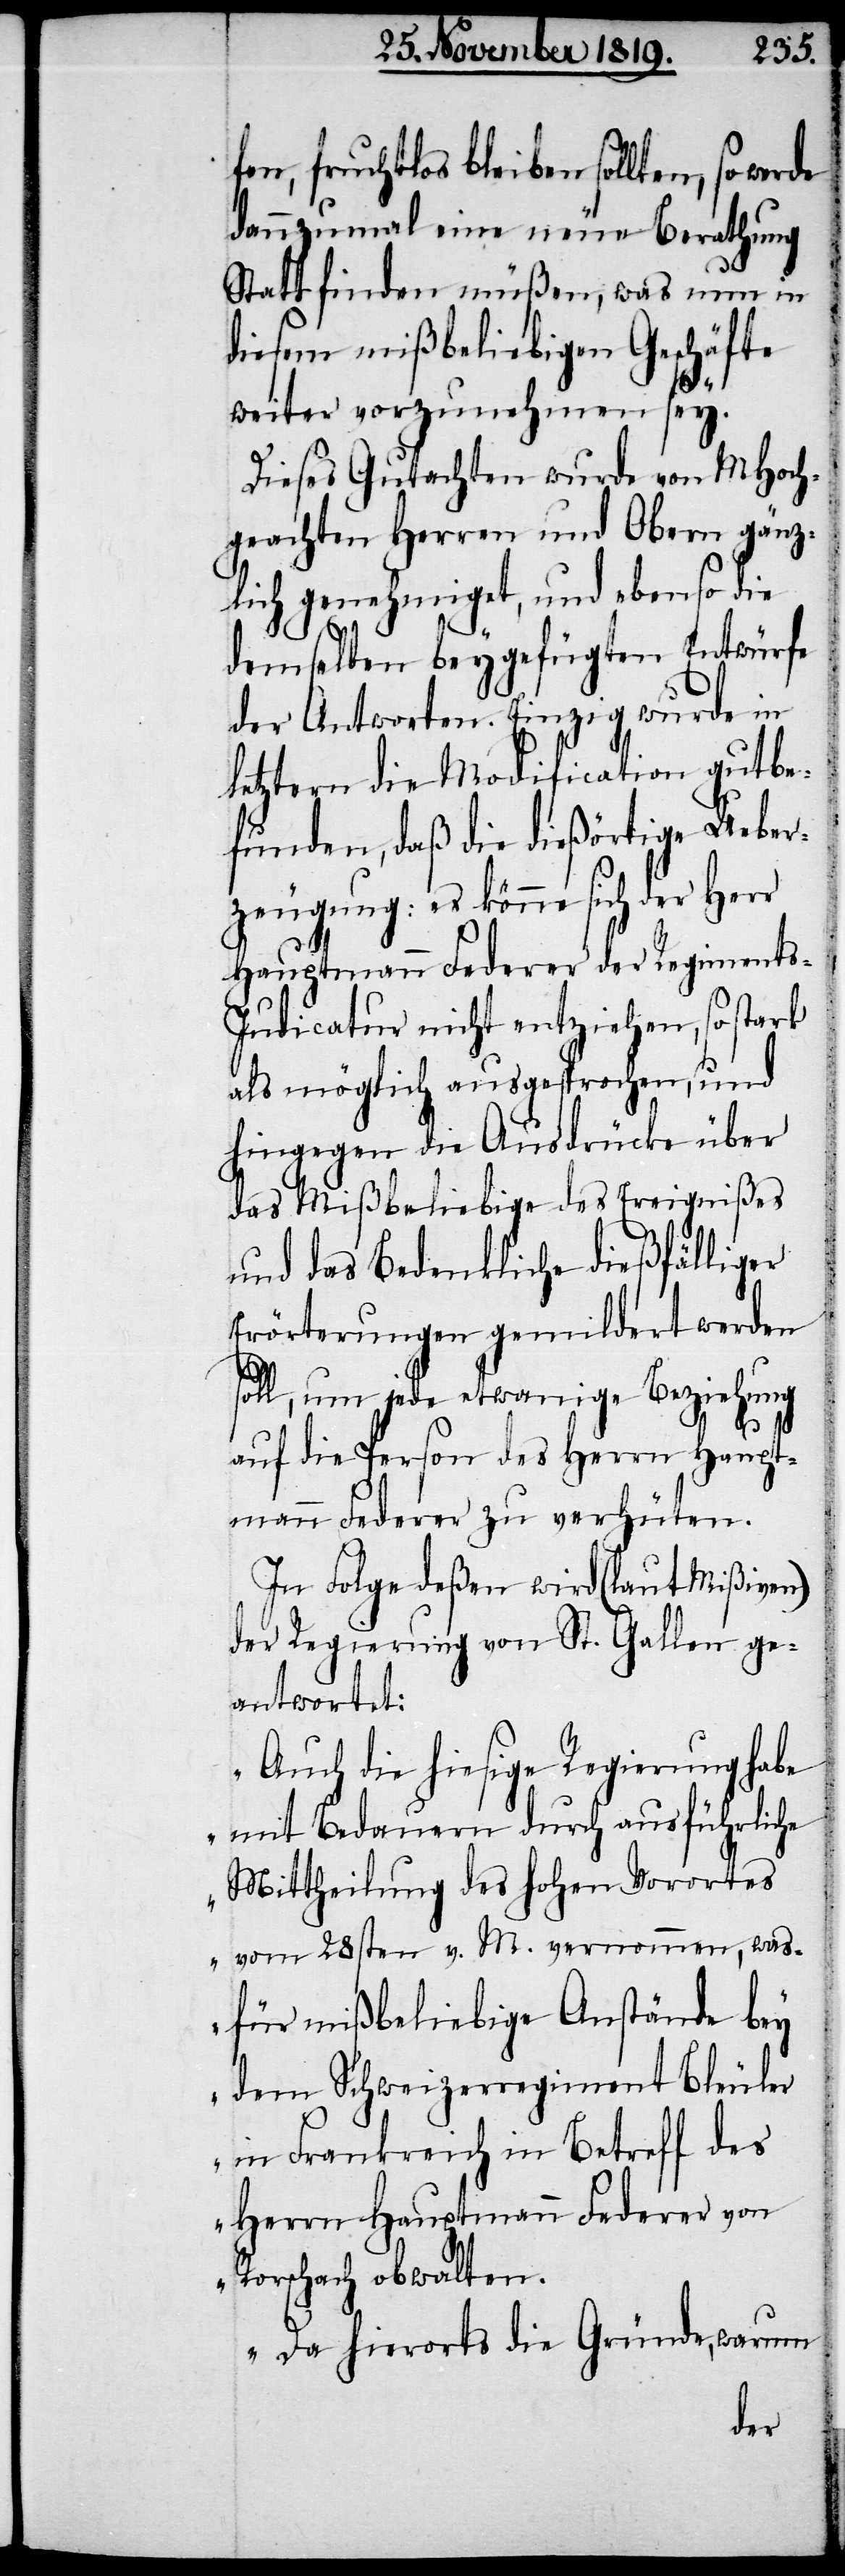
Herr
fen, fruchtlos bleiben sollten, so
dannzumal eine neue Berathung
Statt finden müßen, was nun in
diesem mißbeliebigen Geschäfte
weiter vorzunehmen sey.
Dieses Gutachten wurde von MHoch¬
geachten Herren und Obern gänz¬
lich genehmiget, und ebenso die
demselben beygefügten Entwürfe
der Antworten. Einzig wurde in
letztern die Modification gutbe¬
funden, daß die dießörtige Ueber¬
zeugung: es könne sich der
Hauptmann Federer der Regiments-I¬
udicatur nicht entziehen, so stark
als möglich ausgesprochen, und
hingegen die Ausdrücke über
das Mißbeliebige des Ereignißes
und das Bedenkliche dießfälliger
Erörterungen gemildert werden
soll, um jede etwanige Beziehung
auf die Person des Herrn Haupt¬
mann Federer zu verhüten.
In Folge deßen wird (laut Mißiven)
der Regierung von St. Gallen ge¬
antwortet:
„Auch die hiesige Regierung habe
mit Bedauern durch ausführliche
Mittheilung des hohen Vorortes
vom 28sten v. M. vernommen, was¬
für mißbeliebige Anstände bey
dem Schweizerregiment Bleuler
in Frankreich in Betreff des
Herrn Hauptmann Federer von
Rorschach obwalten.
Da hierorts die Gründe, warum